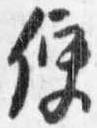
便